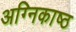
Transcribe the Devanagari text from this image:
अग्निकाष्ठ